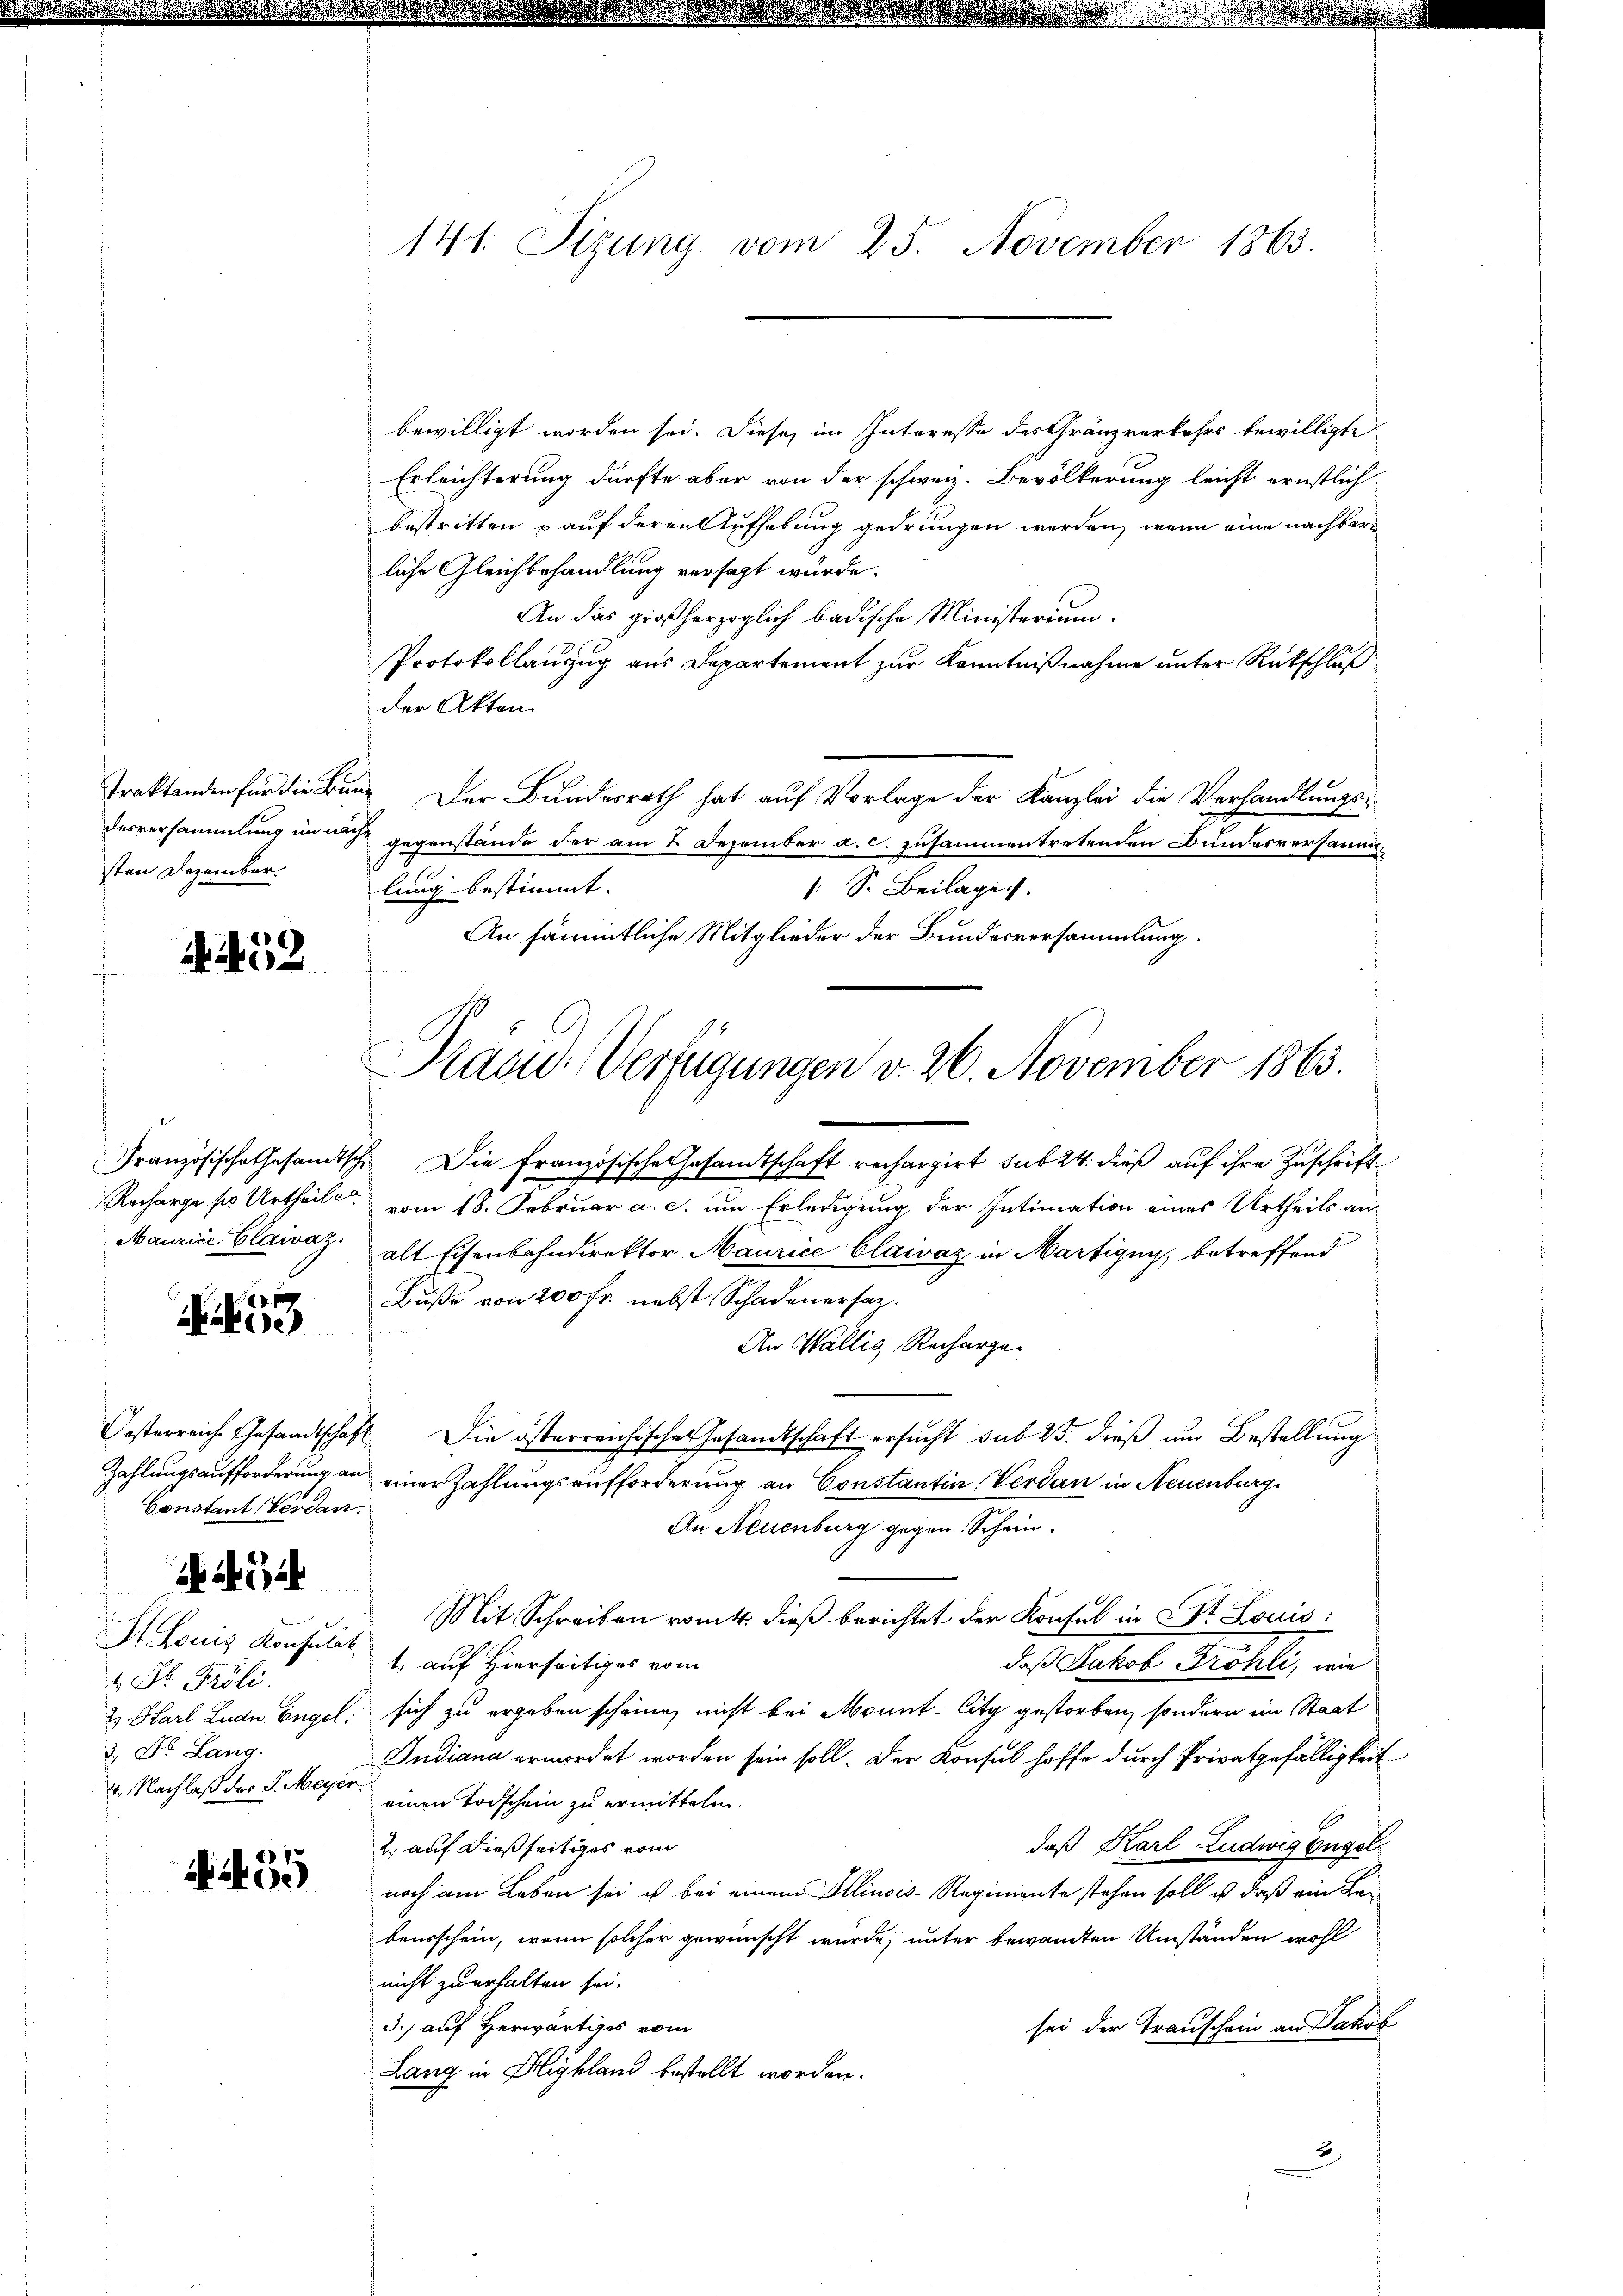
Traktanden für die Bunsten Dezember.

i452

Recharge pr Urtheilen
Maurice Claivaz

1
ke

Constant Verdan¬

üb.

St. Louis Konsulat
4 Dr. Proli
2. Karl Ludn. Engel:
3., Dr. Lang

55

141. Sizung vom 25. November 1863.

bewilligt worden sei. Diese im Interesse des Gränzverkehrs bewilligte
Erleichterung dürfte aber von der schweiz. Bevölkerung leicht ernstlichbestritten auf deren Aufhebung gedrungen werden, wenn eine nachbarliche Gleichbehandlung versagt wurde.
An das großherzoglich badische Ministerium
Protokollauszug aus Departement zur Kenntnißnahme unter Rückschluß
der Akten
 Der Bundesrath hat auf Vorlage der Kanzlei die Verhandlungs-
desversammlung in nach gegenstände der am 2. Dezember a. c. zusammentretenden Bundesversammenlung bestimmt.
[ S. Beilage
An sämmtliche Mitglieder der Bundesversammlung.
Französische Gesamtsch. Die französische Gesamtschaft rechargirt sub 24. dieß auf ihre Zuschrift
vom 18. Februar a. c. um Erledigung der Intimation eines Urtheils an
alt Eisenbahndirektor, Maurice Claivaz in Martigny, betreffend
Buße von 200 fr. nebst Schadenersatz.
An Wallis Recharge¬
Oesterreiche Gesandtschaft. Die österreichische Gesandtschaft ersucht sub 25. dieß um Bestellung
Zahlungsaufforderung an einer Zahlungsaufforderung an Constantin, Verdan in Neuenburg
An Neuenburg gegen Schein.
Mit Schreiben vom 4. dieß berichtet der Konsul in St. Louis:
1. auf Hierseitiges vom
daß Jakob Fröhli, wie
sich zu ergeben scheine, nicht bei Monnt. City gestorben, sondern im Staat
Indiana ermordet worden sein soll. Der Konsul hoffe durch Privatgefälligkeit
4. Nachlaß der S. Meyer, einen Todschein zu ermitteln.
daß Karl Ludwig Engel
2. auf dießseitiges vom
noch am Leben sei ist bei einem Illinois-Regimente stehen soll, u daß ein Bebensschein, wenn solcher gewünscht wurde; unter bewandten Umständen wohl
nicht zu erhalten sei.
J. auf Herwärtiges vom
sei der Transchein an Jakob
Lang in Highland bestellt worden.

Präsid. Verfügungen v. 26. November 1863.